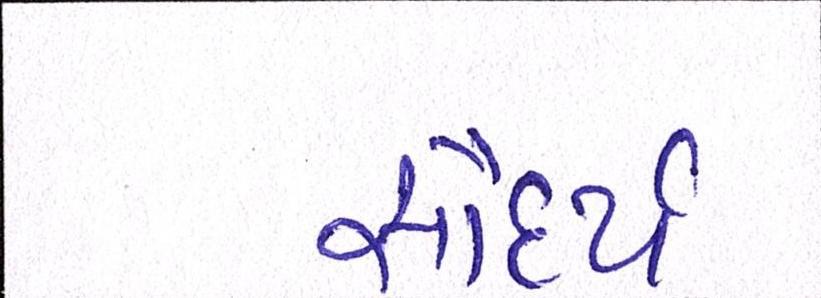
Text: સૌંદર્ય